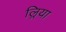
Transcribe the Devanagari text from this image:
ल्रिया